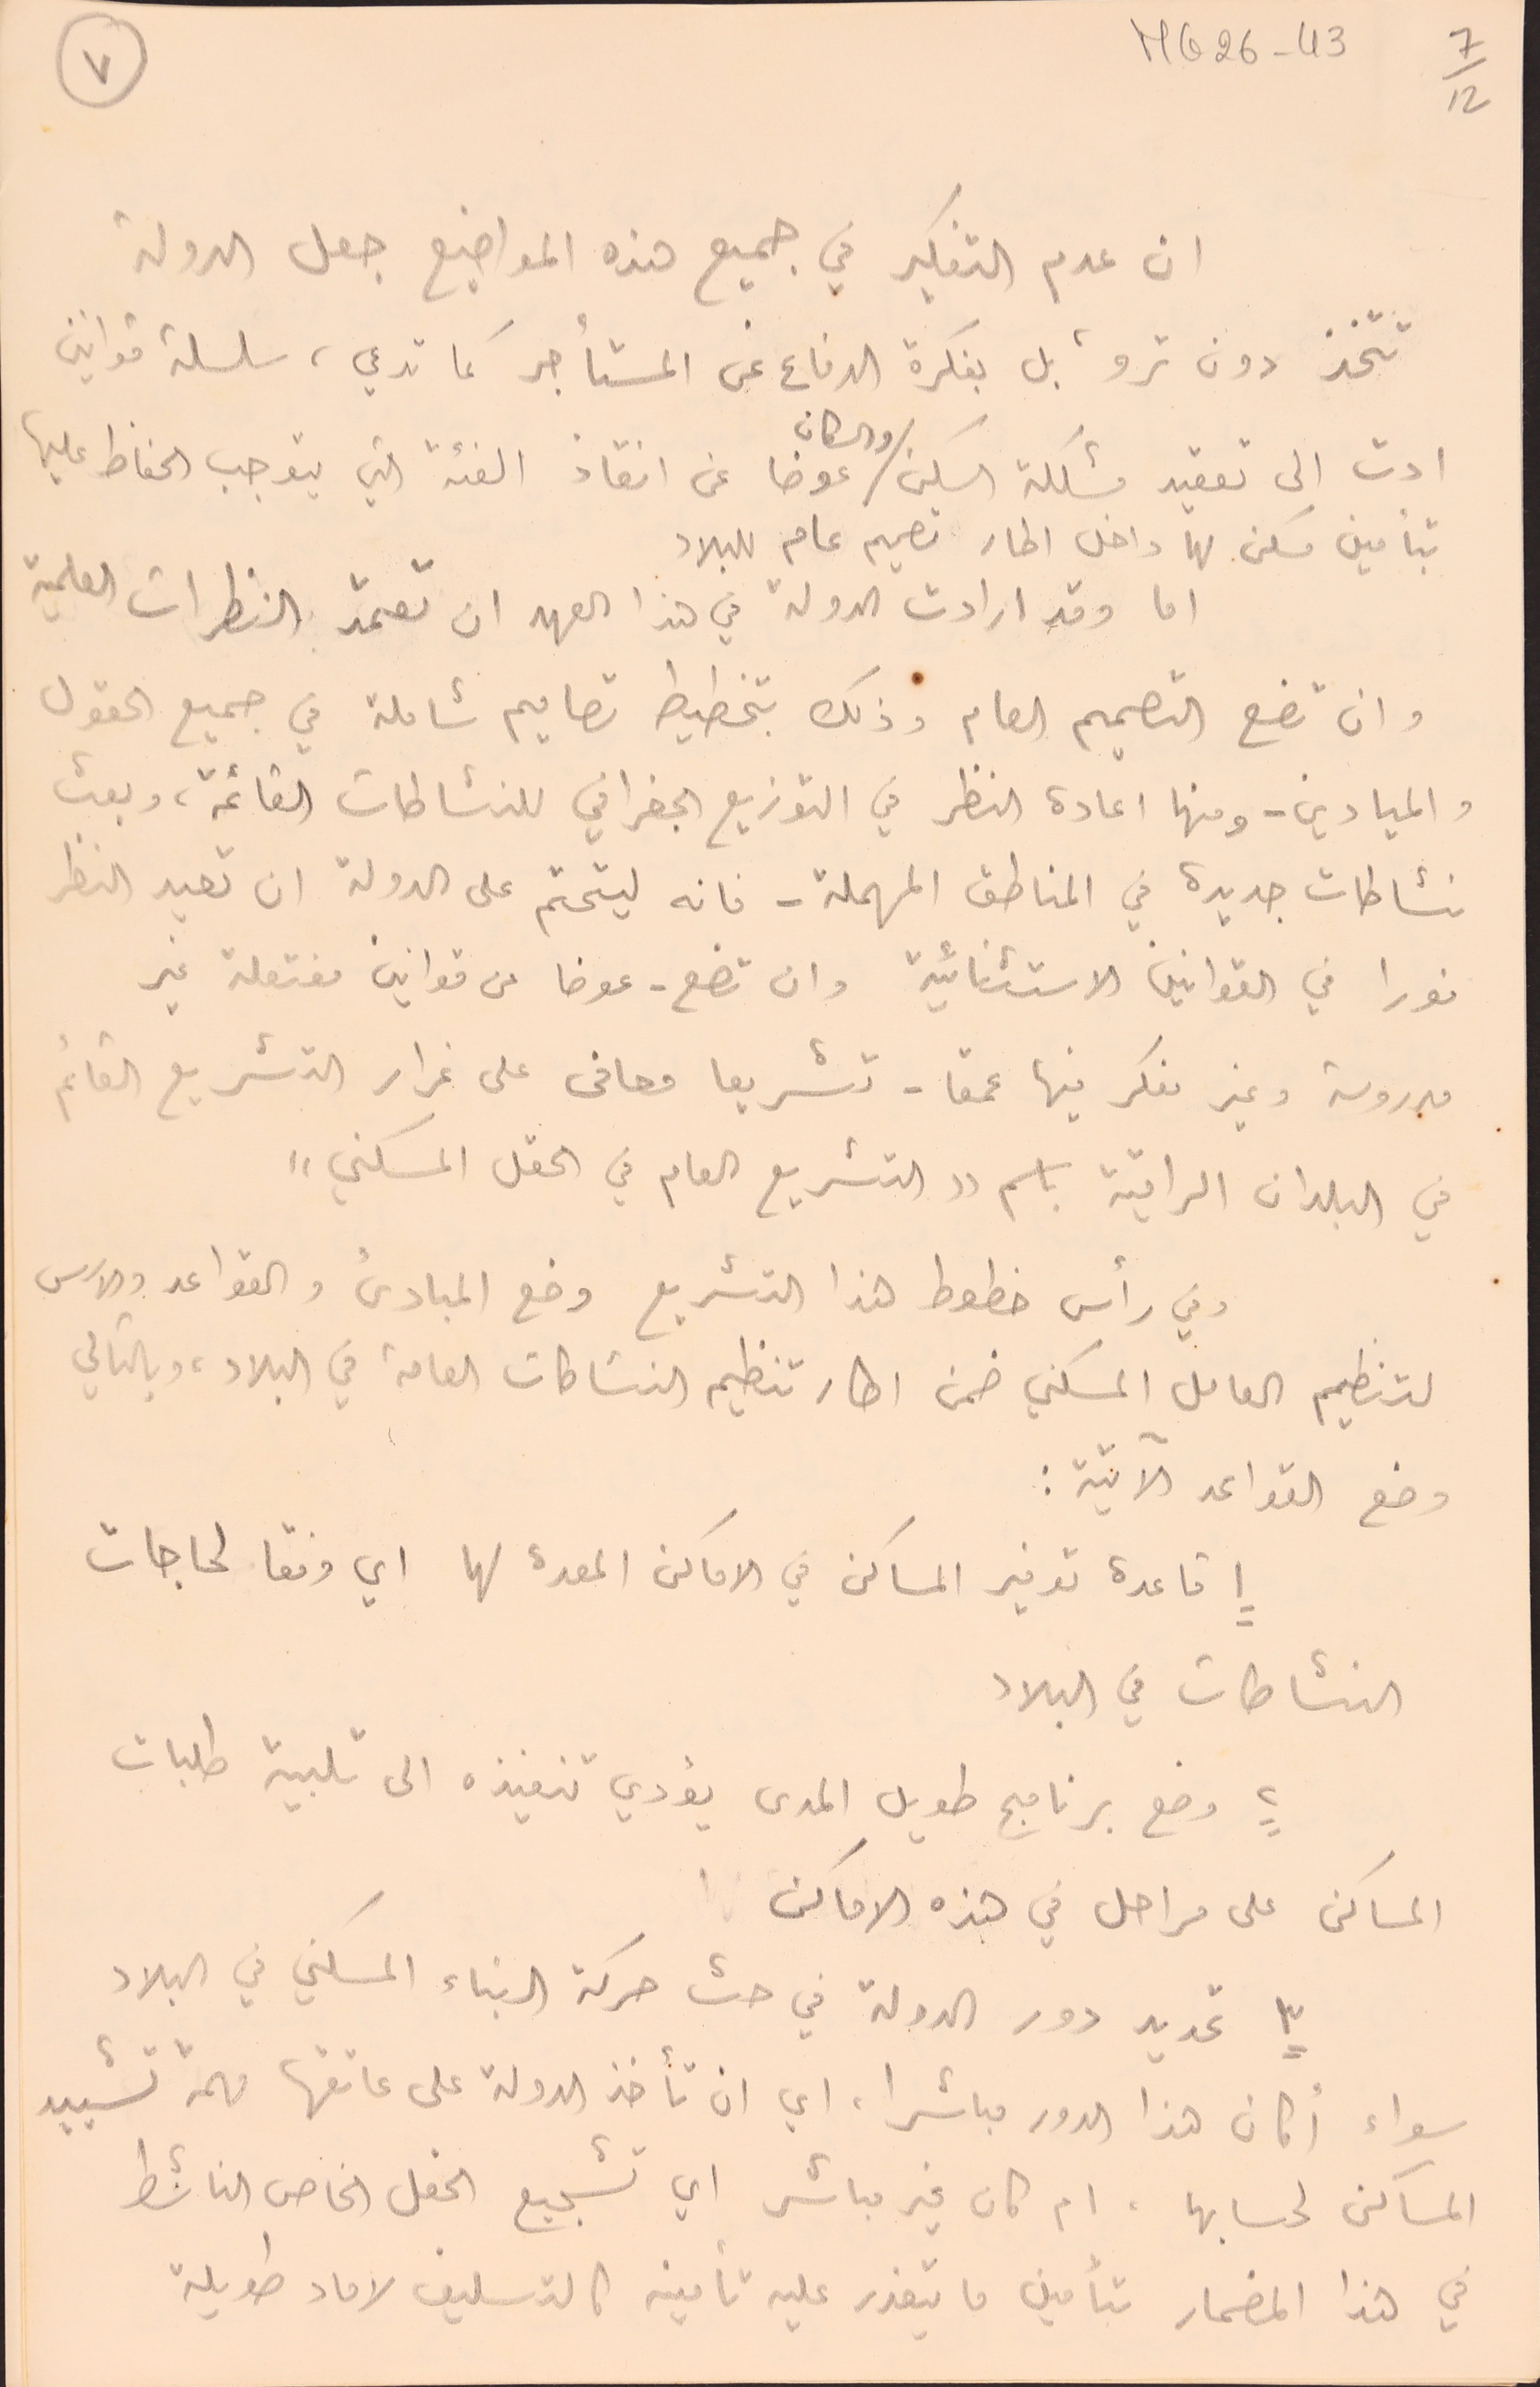
ان عدم التفكير في جميع هذه المواضيع جعل الدولة
تتخذ دون ترو، بل بفكرة الدفاع عن المستأجر كما تدعي، سلسلة قوانين
ادت الى تعقيد مشكلة السكن والسكان عوضا عن انقاذ الفئة التي يتوجب الحفاظ عليها
بتأمين مسكن لها داخل اطار تصميم عام للبلاد
اما وقد ارادت الدولة في هذا العهد ان تعتمد النظرات العلمية
وان تضع التصميم العام وذلك بتخطيط تصاميم شاملة في جميع الحقول
والميادين - ومنها اعادة النظر في التوزيع الجغرافي للنشاطات القائمة، وبعث
نشاطات جديدة في المناطق المهملة - فانه ليتحتم على الدولة ان تعيد النظر
فورا في القوانين الاستثنائية وان تضع - عوضا عن قوانين مفتعلة غير
مدروسة وغير مفكر فيها عمقا - تشريعا معافى على غرار التشريع القائم
في البلدان الراقية باسم "التشريع العام في الحقل المسكني"
وفي رأس خطوط هذا التشريع وضع المبادئ والقواعد والاسس
لتنظيم العامل السكني ضمن اطار تنظيم النشاطات العامة في البلاد، وبالتالي
وضع القواعد الآتية:
١ قاعدة توفير المساكن في الاماكن المعدة لها اي وفقا لحاجات
النشاطات في البلاد
٢ وضع برنامج طويل المدى يؤدي تنفيذه الى تلبية طلبات
المساكن على مراحل في هذه الاماكن.
 ٣ تحديد دور الدولة في حث حركة البناء المسكني في البلاد
سواء أكان هذا الدور مباشرا، اي ان تأخذ الدولة على عاتقها مهمة تشييد
المساكن لحسابها، ام كان غير مباشر اي تشجيع الحقل الخاص الناشط
في هذا المضمار بتأمين ما يتعذر عليه تأمينه كالتسليف لاماد طويلة
٧
MG26-43   7/12